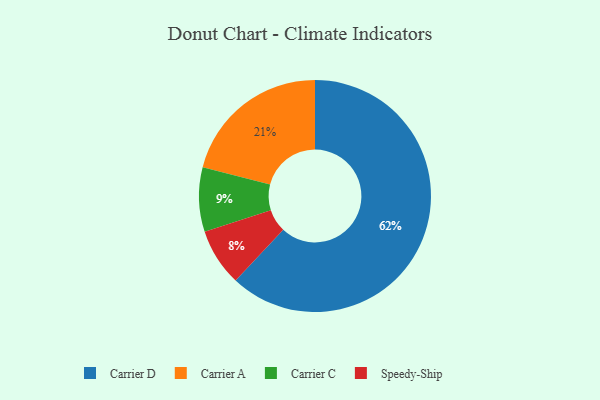
{"axis": {"x": "Category", "y": "Percentage"}, "legend": ["Carrier A", "Carrier C", "Carrier D", "Speedy-Ship"], "data": [{"x": "Speedy-Ship", "y": 8, "type": "Speedy-Ship"}, {"x": "Carrier C", "y": 9, "type": "Carrier C"}, {"x": "Carrier D", "y": 62, "type": "Carrier D"}, {"x": "Carrier A", "y": 21, "type": "Carrier A"}]}